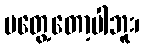
မတွေ့တော့ပါဘူး၊